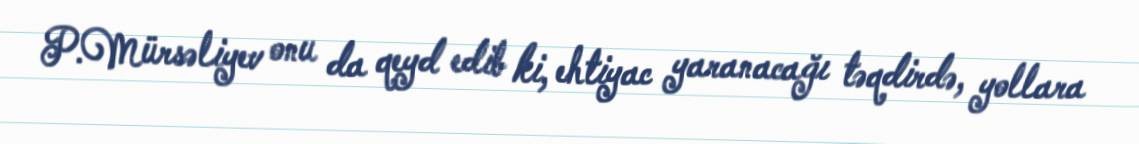
P.Mürsəliyev onu da qeyd edib ki, ehtiyac yaranacağı təqdirdə, yollara